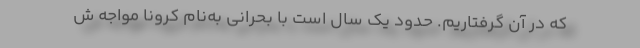
که در آن گرفتاریم. حدود یک سال است با بحرانی به‌نام کرونا مواجه ش